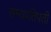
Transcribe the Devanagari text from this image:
सम्यपतिपती